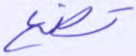
تضع